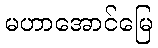
မဟာအောင်မြေ